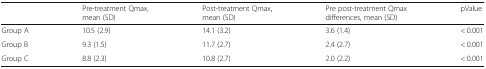
|  | Pre-treatment Qmax, mean (SD) | Post-treatment Qmax, mean (SD) | Pre post-treatment Qmax differences, mean (SD) | pValue |
 | --- | --- | --- | --- | --- |
 | Group A | 10.5 (2.9) | 14.1 (3.2) | 3.6 (1.4) | < 0.001 |
 | Group B | 9.3 (1.5) | 11.7 (2.7) | 2.4 (2.7) | < 0.001 |
 | Group C | 8.8 (2.3) | 10.8 (2.7) | 2.0 (2.2) | < 0.001 |